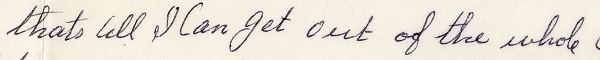
thats ill I can get out of the whole